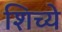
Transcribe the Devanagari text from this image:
शिच्ये